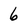
Character: 6